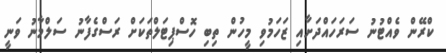
ކްރޭން ވެއްޓުނު ސަރަހައްދަށާއި ޒަހަމުވި މީހުން ތިބި ހޮސްޕިޓަލްތަކަށް ރަސްގެފާނު ސަލްމާނު ވަނީ